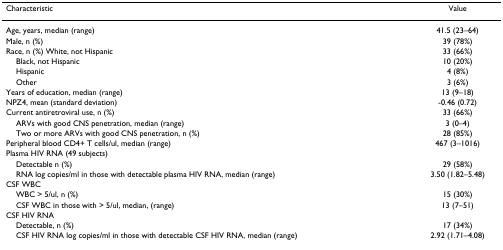
<table><thead><tr><td><b>Characteristic</b></td><td><b>Value</b></td></tr></thead><tbody><tr><td>Age, years, median (range)</td><td>41.5 (23–64)</td></tr><tr><td>Male, n (%)</td><td>39 (78%)</td></tr><tr><td>Race, n (%) White, not Hispanic</td><td>33 (66%)</td></tr><tr><td> Black, not Hispanic</td><td>10 (20%)</td></tr><tr><td> Hispanic</td><td>4 (8%)</td></tr><tr><td> Other</td><td>3 (6%)</td></tr><tr><td>Years of education, median (range)</td><td>13 (9–18)</td></tr><tr><td>NPZ4, mean (standard deviation)</td><td>-0.46 (0.72)</td></tr><tr><td>Current antiretroviral use, n (%)</td><td>33 (66%)</td></tr><tr><td> ARVs with good CNS penetration, median (range)</td><td>3 (0–4)</td></tr><tr><td> Two or more ARVs with good CNS penetration, n (%)</td><td>28 (85%)</td></tr><tr><td>Peripheral blood CD4+ T cells/ul, median (range)</td><td>467 (3–1016)</td></tr><tr><td>Plasma HIV RNA (49 subjects)</td><td></td></tr><tr><td> Detectable n (%)</td><td>29 (58%)</td></tr><tr><td> RNA log copies/ml in those with detectable plasma HIV RNA, median (range)</td><td>3.50 (1.82–5.48)</td></tr><tr><td>CSF WBC</td><td></td></tr><tr><td> WBC &gt; 5/ul, n (%)</td><td>15 (30%)</td></tr><tr><td> CSF WBC in those with &gt; 5/ul, median, (range)</td><td>13 (7–51)</td></tr><tr><td>CSF HIV RNA</td><td></td></tr><tr><td> Detectable, n (%)</td><td>17 (34%)</td></tr><tr><td> CSF HIV RNA log copies/ml in those with detectable CSF HIV RNA, median (range)</td><td>2.92 (1.71–4.08)</td></tr></tbody></table>